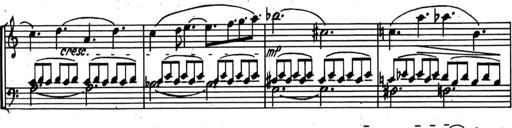
Title: Kleine Sonate
Composer: Raoul Koczalski
Key: C major